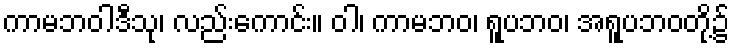
ကာမဘဝါဒီသု၊ လည်းကောင်း။ ဝါ၊ ကာမဘဝ၊ ရူပဘဝ၊ အရူပဘဝတို့၌